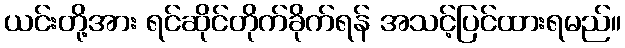
ယင်းတို့အား ရင်ဆိုင်တိုက်ခိုက်ရန် အသင့်ပြင်ထားရမည်။